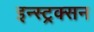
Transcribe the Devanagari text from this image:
इन्स्ट्रक्सन